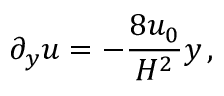
\partial _ { y } u = - { \frac { 8 u _ { 0 } } { H ^ { 2 } } } y \, ,